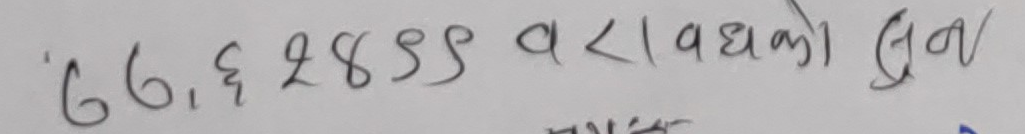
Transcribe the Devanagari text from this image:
७७,६२८९९ वावधको लुन